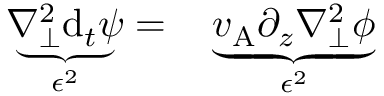
\begin{array} { r l } { \underbrace { \nabla _ { \perp } ^ { 2 } \mathrm { d } _ { t } \psi } _ { \epsilon ^ { 2 } } = } & { { } \underbrace { v _ { \mathrm { A } } \partial _ { z } \nabla _ { \perp } ^ { 2 } \phi } _ { \epsilon ^ { 2 } } } \end{array}